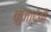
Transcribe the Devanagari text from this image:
कुंजादेवी